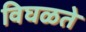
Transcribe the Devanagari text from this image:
विघळते